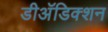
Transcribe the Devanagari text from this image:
डीअॅडिक्शन